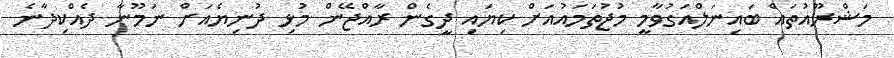
މަޝްރޫއުތައް ބައިނަލްއަގުވާމީ މުޖުތަމައުއަށް ކިޔައި ދީގެން ރާއްޖޭން މުޅި ދުނިޔެއަށް ނަމޫނާ ދެއްކިދާނެ